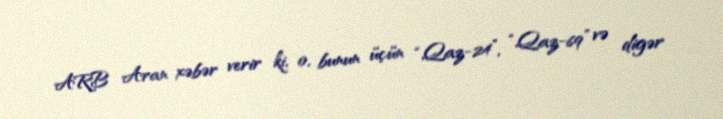
ARB Aran xəbər verir ki, o, bunun üçün “Qaz-24”, “Qaz-69” və digər